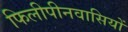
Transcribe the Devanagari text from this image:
फिलीपीनवासियों